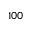
1 0 0